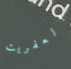
العفريت